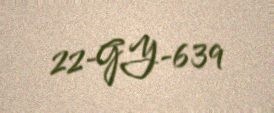
22-GY-639